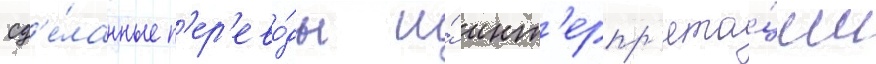
сд'е́ланные п'ер'ево́ды и́ инт'ерпр'ета́ции